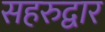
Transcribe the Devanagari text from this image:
सहरुद्वार